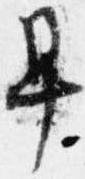
早